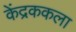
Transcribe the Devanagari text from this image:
केंद्रककला